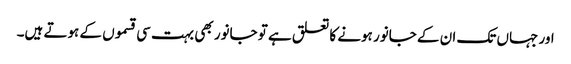
اور جہاں تک ان کے جانور ہونے کا تعلق ہے تو جانور بھی بہت سی قسموں کے ہوتے ہیں۔